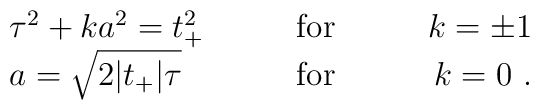
\begin{array}{lcr}\tau^2 + k a^2 = t_+^2 & \qquad \mbox{for} \qquad & k=\pm 1\\a=\sqrt{2|t_+|\tau} & \qquad \mbox{for} \qquad & k=0 \ .\end{array}